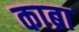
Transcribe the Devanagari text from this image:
काब्रा